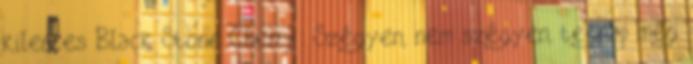
kilences Black Stone Cherry: Szégyen, nem szégyen, tegnap még